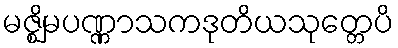
မဇ္ဈိမပဏ္ဏာသကဒုတိယသုတ္တေပိ